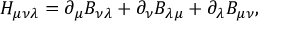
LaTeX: H _ { \mu \nu \lambda } = \partial _ { \mu } B _ { \nu \lambda } + \partial _ { \nu } B _ { \lambda \mu } + \partial _ { \lambda } B _ { \mu \nu } ,